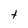
Character: t